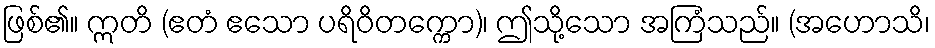
ဖြစ်၏။ ဣတိ (ဧတံ ဧသော ပရိဝိတက္ကော)၊ ဤသို့သော အကြံသည်။ (အဟောသိ၊